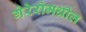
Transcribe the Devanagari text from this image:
गेरेरोमधील